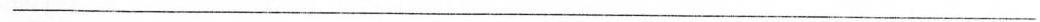
___